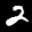
Label: 2